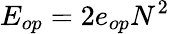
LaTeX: E_{op}=2e_{op}N^{2}